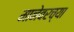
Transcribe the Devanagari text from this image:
मानेवरच्या